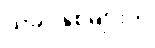
ယခင်နှစ်များက